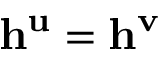
\mathbf { h } ^ { \mathbf { u } } = \mathbf { h } ^ { \mathbf { v } }